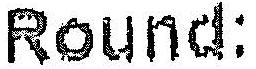
ROUND: